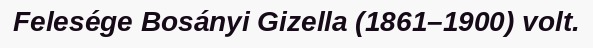
Felesége Bosányi Gizella (1861–1900) volt.